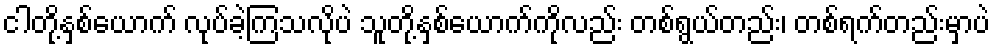
ငါတို့နှစ်ယောက် လုပ်ခဲ့ကြသလိုပဲ သူတို့နှစ်ယောက်ကိုလည်း တစ်ရွယ်တည်း၊ တစ်ရက်တည်းမှာပဲ